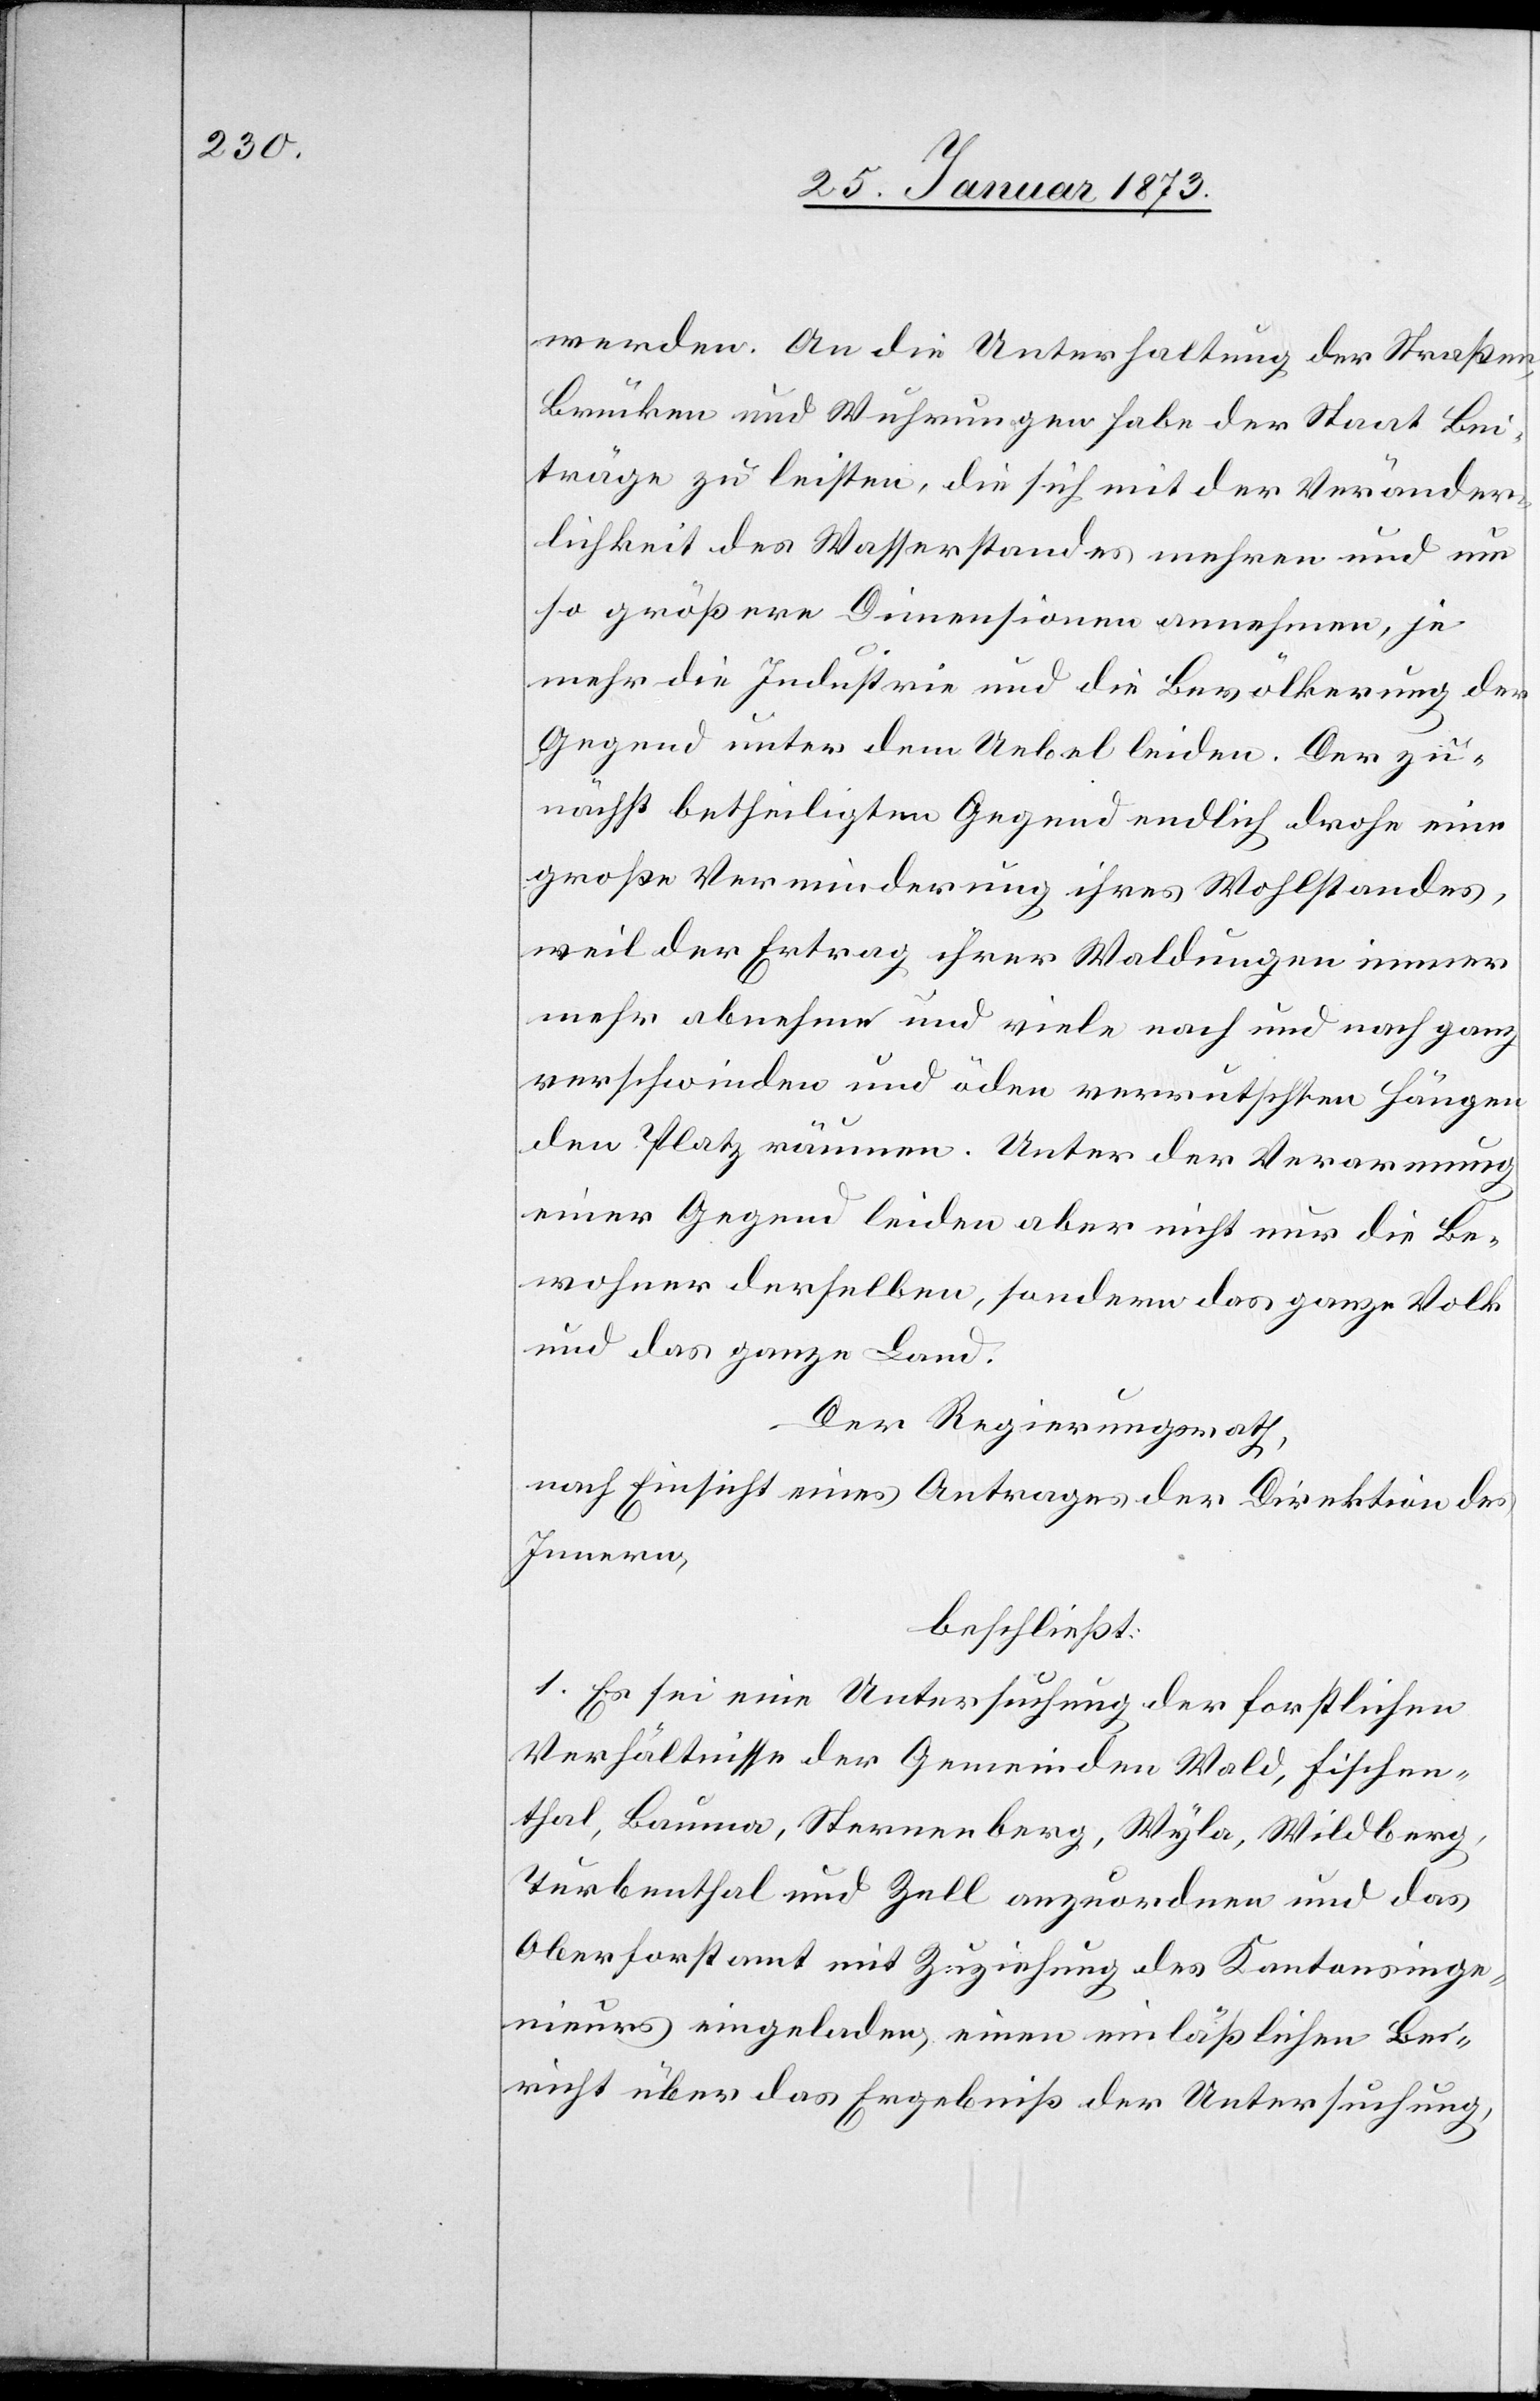
werden. An die Unterhaltung der Straßen,
Brücken und Wuhrungen habe der Staat Bei¬
träge zu leisten, die sich mit der Veränder¬
lichkeit des Wasserstandes mehren und um
so größere Dimensionen annehmen, je
mehr die Industrie und die Bevölkerung der
Gegend unter dem Uebel leiden. Der zu¬
nächst betheiligten Gegend endlich drohe eine
große Verminderung ihres Wohlstandes,
weil der Ertrag ihrer Waldungen immer
mehr abnehme und viele nach und nach ganz
verschwinden und über verrutschten Hängen
den Platz räumen. Unter der Verarmung
einer Gegend leiden aber nicht nur die Be¬
wohner derselben, sondern das ganze Volk
und das ganze Land.
Der Regierungsrath,
nach Einsicht eines Antrages der Direktion des
Innern,
beschließt:
1. Es sei eine Untersuchung der forstlichen
Verhältnisse der Gemeinden Wald, Fischen¬
thal, Bauma, Sternenberg, Wyla, Wildberg,
Turbenthal und Zell anzuordnen und das
Oberforstamt mit Zuziehung des Kantonsinge¬
nieurs eingeladen einen einläßlichen Be¬
richt über das Ergebniß der Untersuchung,